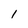
Character: l